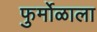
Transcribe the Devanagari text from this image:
फुर्मोळाला